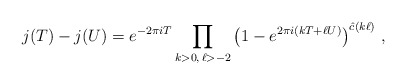
\begin{align*}j(T) - j(U) = e^{-2\pi i T} \prod_{k>0,\, \ell >-2}\left(1 -e^{2\pi i(kT+\ell U)} \right)^{\hat{c}(k \ell )}\, ,\end{align*}